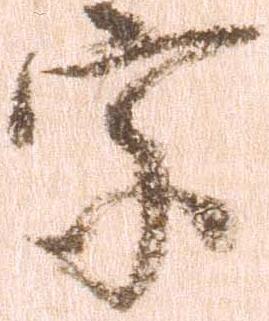
家